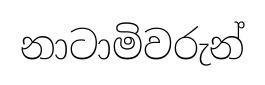
නාටාමිවරුන්